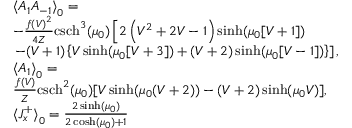
\begin{array} { r l } & { { \langle A _ { 1 } A _ { - 1 } \rangle } _ { 0 } = } \\ & { - \frac { f ( V ) ^ { 2 } } { 4 Z } \mathrm { c s c h } ^ { 3 } ( \mu _ { 0 } ) \left[ 2 \left( V ^ { 2 } + 2 V - 1 \right) \sinh ( \mu _ { 0 } [ V + 1 ] ) \right. } \\ & { \left. - ( V + 1 ) \left\{ V \sinh ( \mu _ { 0 } [ V + 3 ] ) + ( V + 2 ) \sinh ( \mu _ { 0 } [ V - 1 ] ) \right\} \right] , } \\ & { { \langle A _ { 1 } \rangle } _ { 0 } = } \\ & { \frac { f ( V ) } { Z } \mathrm { c s c h } ^ { 2 } ( \mu _ { 0 } ) [ V \sinh ( \mu _ { 0 } ( V + 2 ) ) - ( V + 2 ) \sinh ( \mu _ { 0 } V ) ] , } \\ & { { \langle J _ { x } ^ { + } \rangle } _ { 0 } = \frac { 2 \sinh ( \mu _ { 0 } ) } { 2 \cosh ( \mu _ { 0 } ) + 1 } } \end{array}